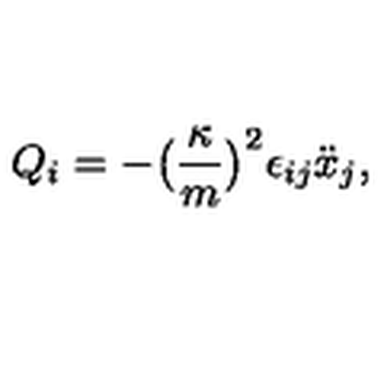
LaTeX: Q _ { i } = - \big ( \frac { \kappa } { m } \big ) ^ { 2 } \epsilon _ { i j } \ddot { x } _ { j } ,